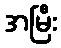
အမြီး